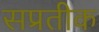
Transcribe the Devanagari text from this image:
सप्रतीक